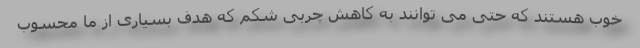
خوب هستند که حتی می توانند به کاهش چربی شکم که هدف بسیاری از ما محسوب